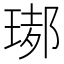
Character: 𤧡